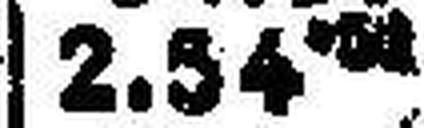
2.54